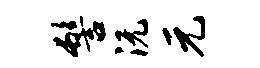
髻沅元